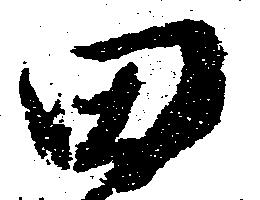
田